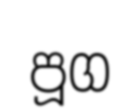
පූග